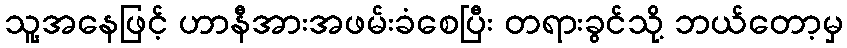
သူ့အနေဖြင့် ဟာနီအားအဖမ်းခံစေပြီး တရားခွင်သို့ ဘယ်တော့မှ